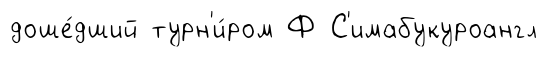
доше́дший турн'и́ром Ф С'имабукуроангл